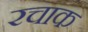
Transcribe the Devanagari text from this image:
रचाक